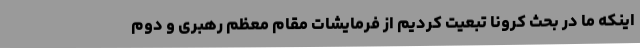
اینکه ما در بحث کرونا تبعیت کردیم از فرمایشات مقام معظم رهبری و دوم